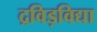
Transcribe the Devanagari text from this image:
द्रविड़विद्या